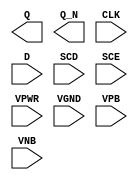
module sky130_fd_sc_hvl__sdfxbp (
    Q   ,
    Q_N ,
    CLK ,
    D   ,
    SCD ,
    SCE ,
    VPWR,
    VGND,
    VPB ,
    VNB
);

    output Q   ;
    output Q_N ;
    input  CLK ;
    input  D   ;
    input  SCD ;
    input  SCE ;
    input  VPWR;
    input  VGND;
    input  VPB ;
    input  VNB ;
endmodule